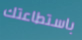
باستطاعتك